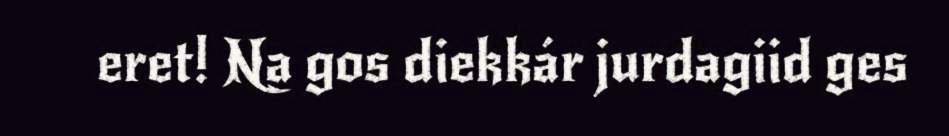
eret! Na gos diekkár jurdagiid ges